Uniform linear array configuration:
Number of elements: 24
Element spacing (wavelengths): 0.5
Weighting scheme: kaiser
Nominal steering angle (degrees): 15
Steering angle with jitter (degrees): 16.233
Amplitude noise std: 0.05
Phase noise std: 0.05

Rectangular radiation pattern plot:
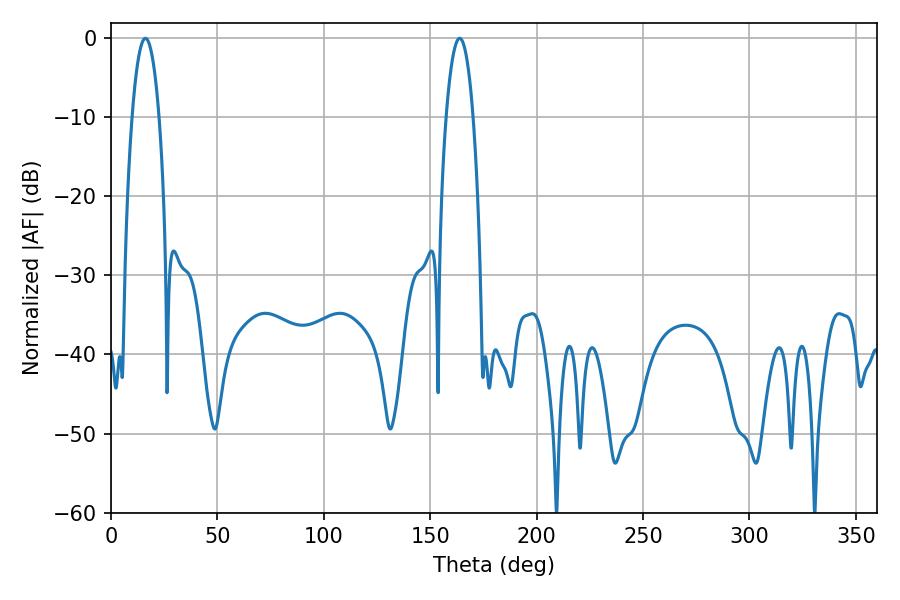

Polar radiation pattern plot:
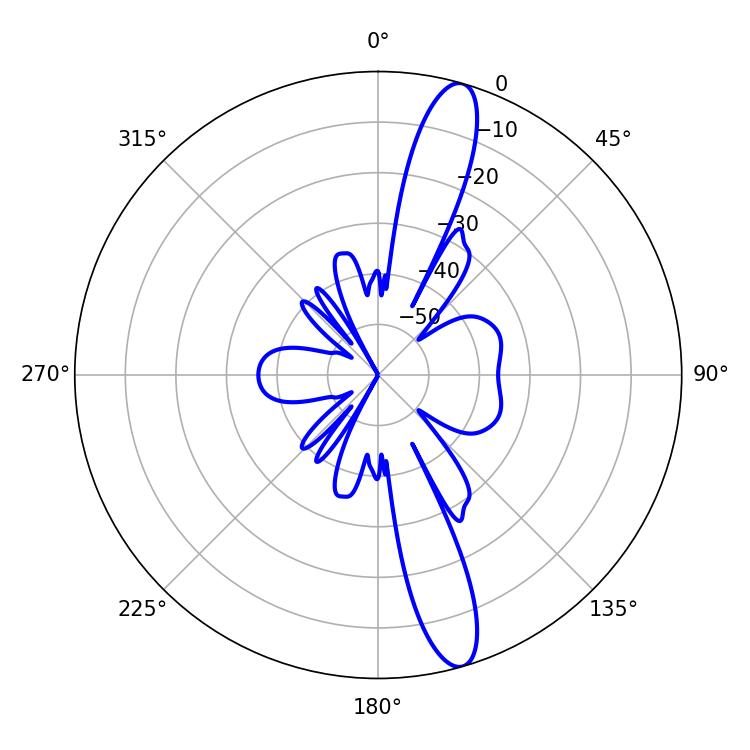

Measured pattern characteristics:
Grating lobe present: FALSE
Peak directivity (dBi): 14.332
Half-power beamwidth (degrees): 7.02
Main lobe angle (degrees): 16.2